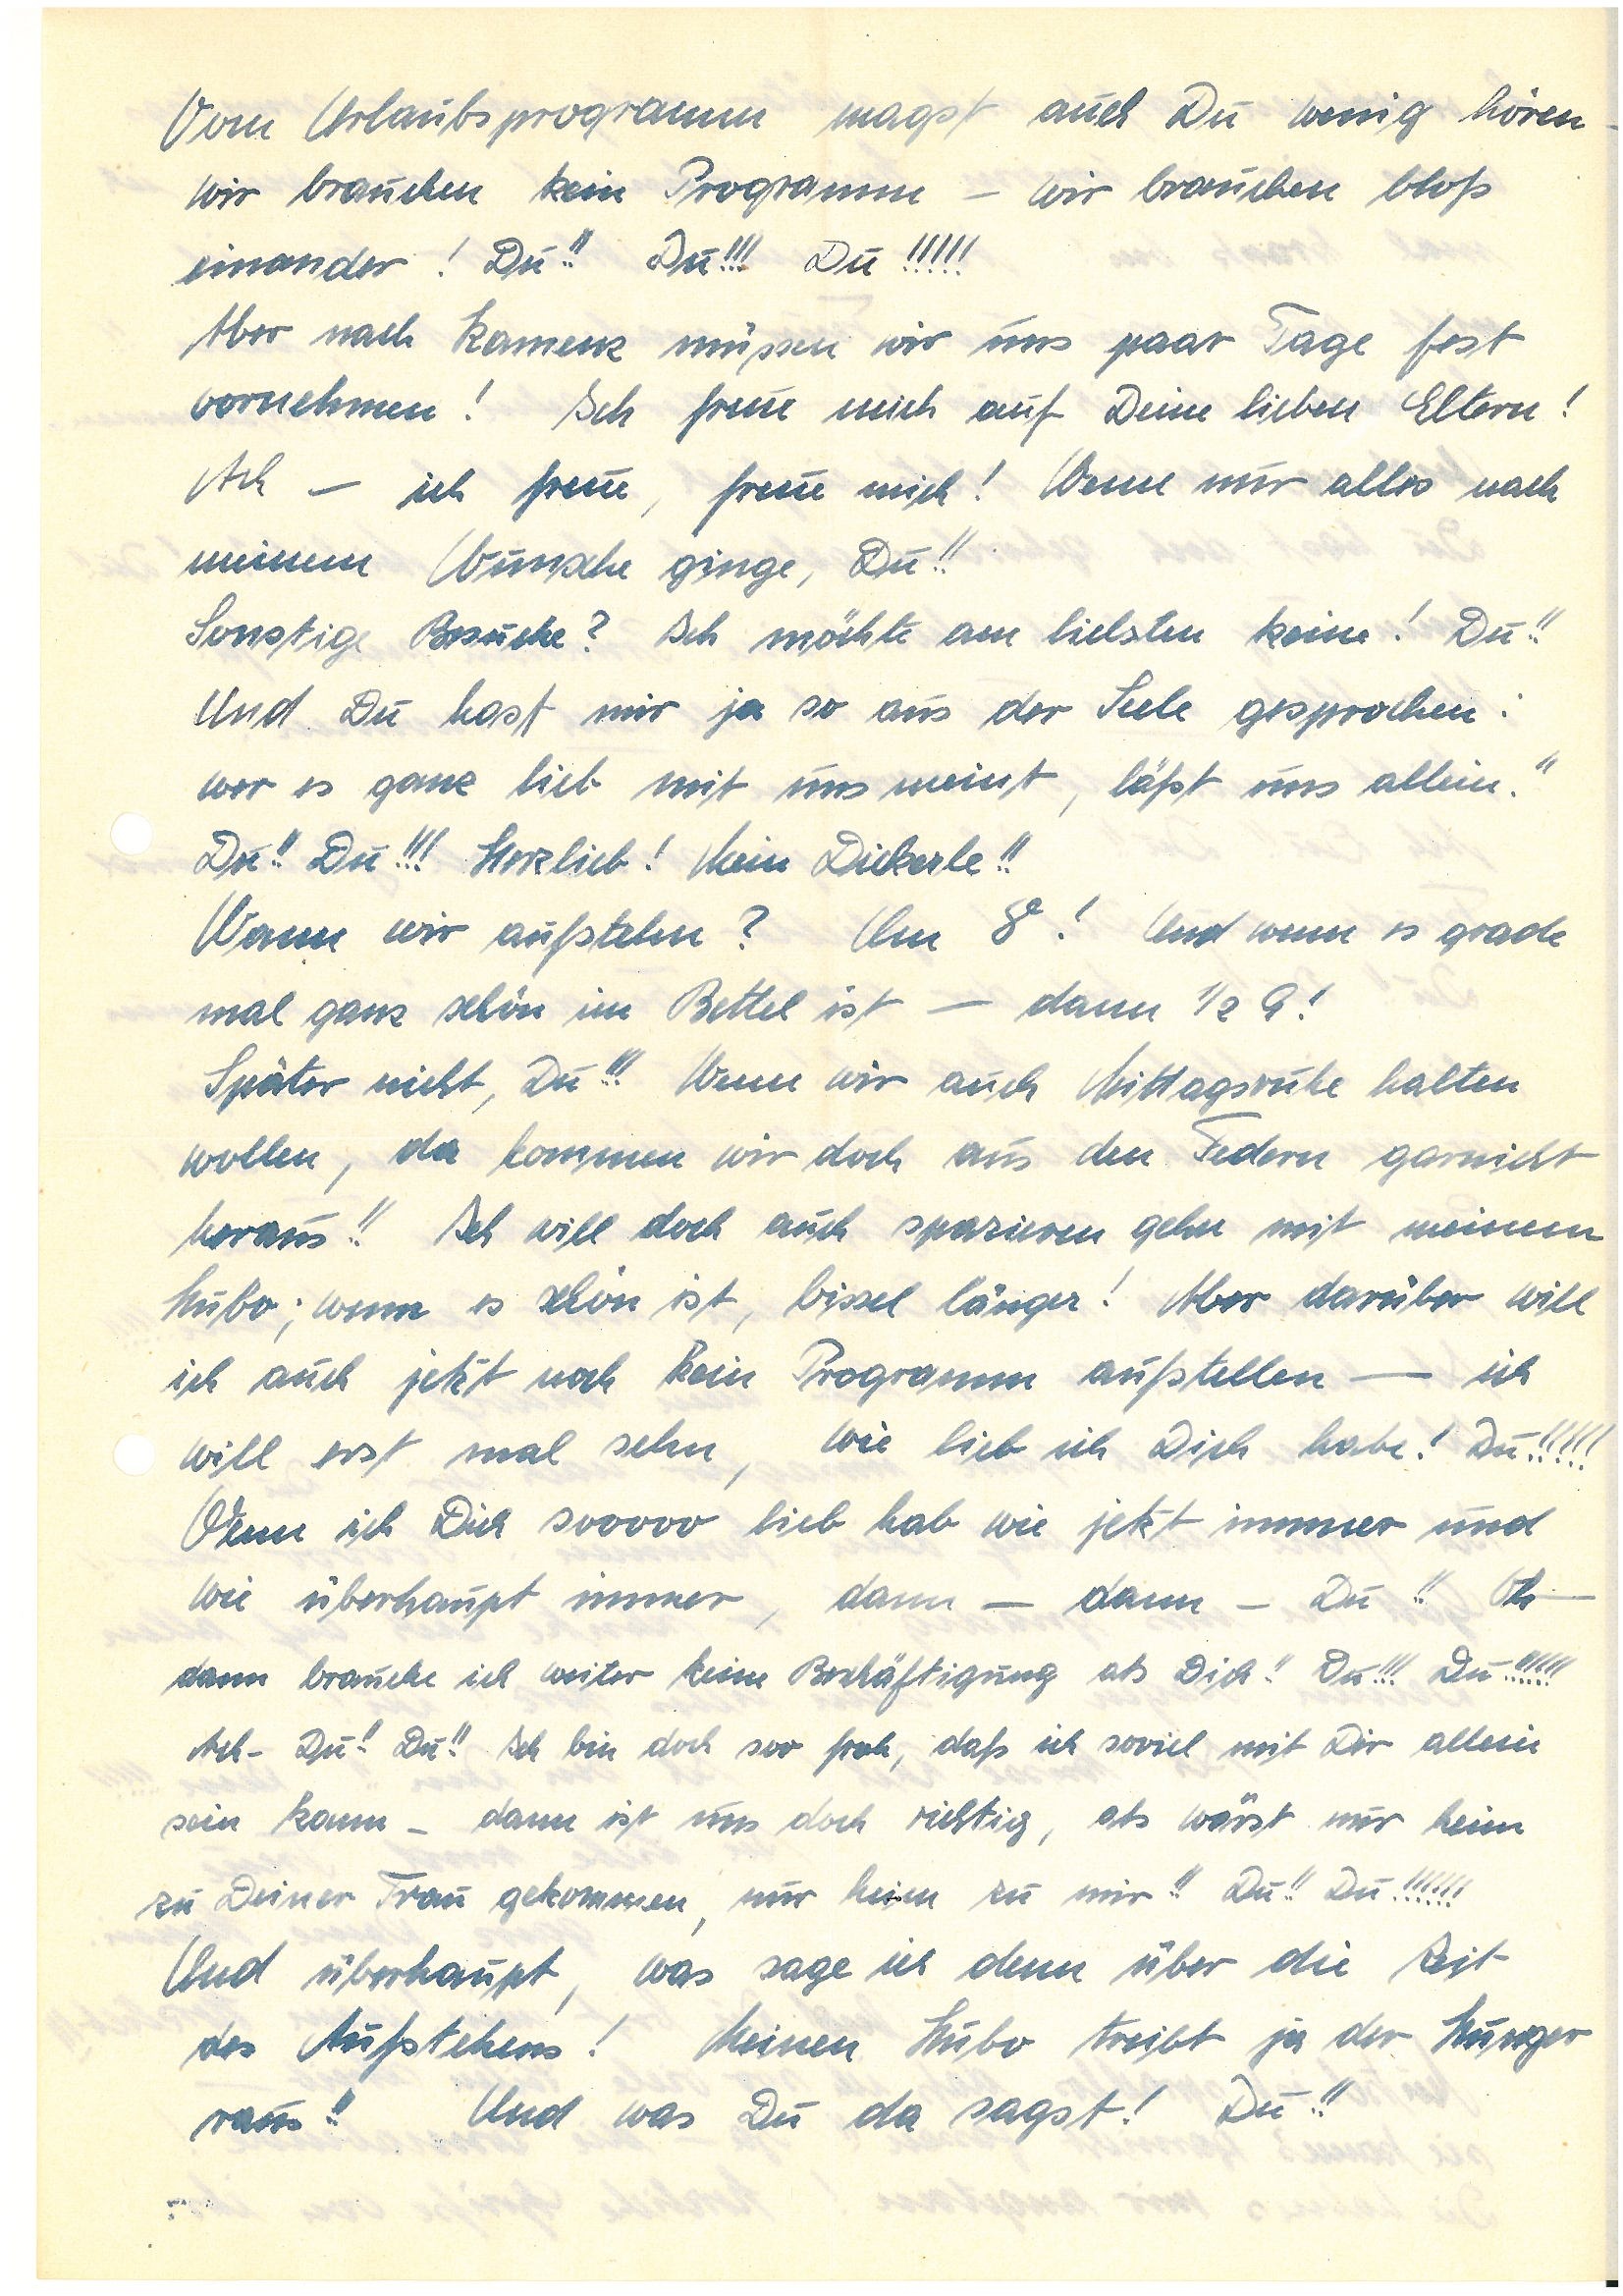
Vom Urlaubsprogramm magst auch Du wenig hören –
wir brauchen kein Programm – wir brauchen bloß
einander! Du!! Du!!! Du!!!!!
Aber nach K. müssen wir uns ein paar Tage fest
vornehmen! Ich freue mich auf Deine lieben Eltern!
Ach – ich freue, freue mich! Wenn nur alles nach
meinem Wunsche ginge, Du!!
Sonstige Besuche? Ich möchte am liebsten keine! Du!!
Und Du hast mir ja so aus der Seele gesprochen:
wer es ganz lieb mit uns meint, läßt uns allein!
Du!! Du!!! Herzlieb! Mein Dickerle!!
Wann wir aufstehn? Um 8! Und wenn es grade
mal ganz schön im Bettel ist – dann ½ 9!
Später nicht, Du!!! Wenn wir auch Mittagsruhe halten
wollen, da kommen wir doch aus den Federn garnicht
heraus!! Ich will doch auch spazieren gehen mit meinem
Hubo; wenn es schön ist, bissel länger! Aber darüber will
ich auch jetzt noch kein Programm aufstellen – ich
will erst mal sehn, wie lieb ich Dich habe! Du!!!!!
Wenn ich Dich sooooo lieb hab wie jetzt immer und
wie überhaupt immer, dann – dann – Du!! Oh –
dann brauche ich weiter keine Beschäftigung als Dich!! Du!!! Du!!!!!!
Ach – Du!! Du!! Ich bin doch soo froh, daß ich soviel mit Dir allein
sein kann – dann ist uns doch richtig, als wärst nur heim
zu Deiner Frau gekommen, nur heim zu mir!! Du!! Du!!!!!!
Und überhaupt, was sage ich denn über die Zeit
des Aufstehens! Meinen Hubo treibt ja der Hunger
raus!! Und was Du da sagst! Du!!